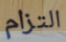
التزام